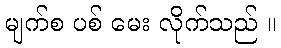
မျက်စ ပစ် မေး လိုက်သည် ။